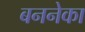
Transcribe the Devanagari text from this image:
बननेका